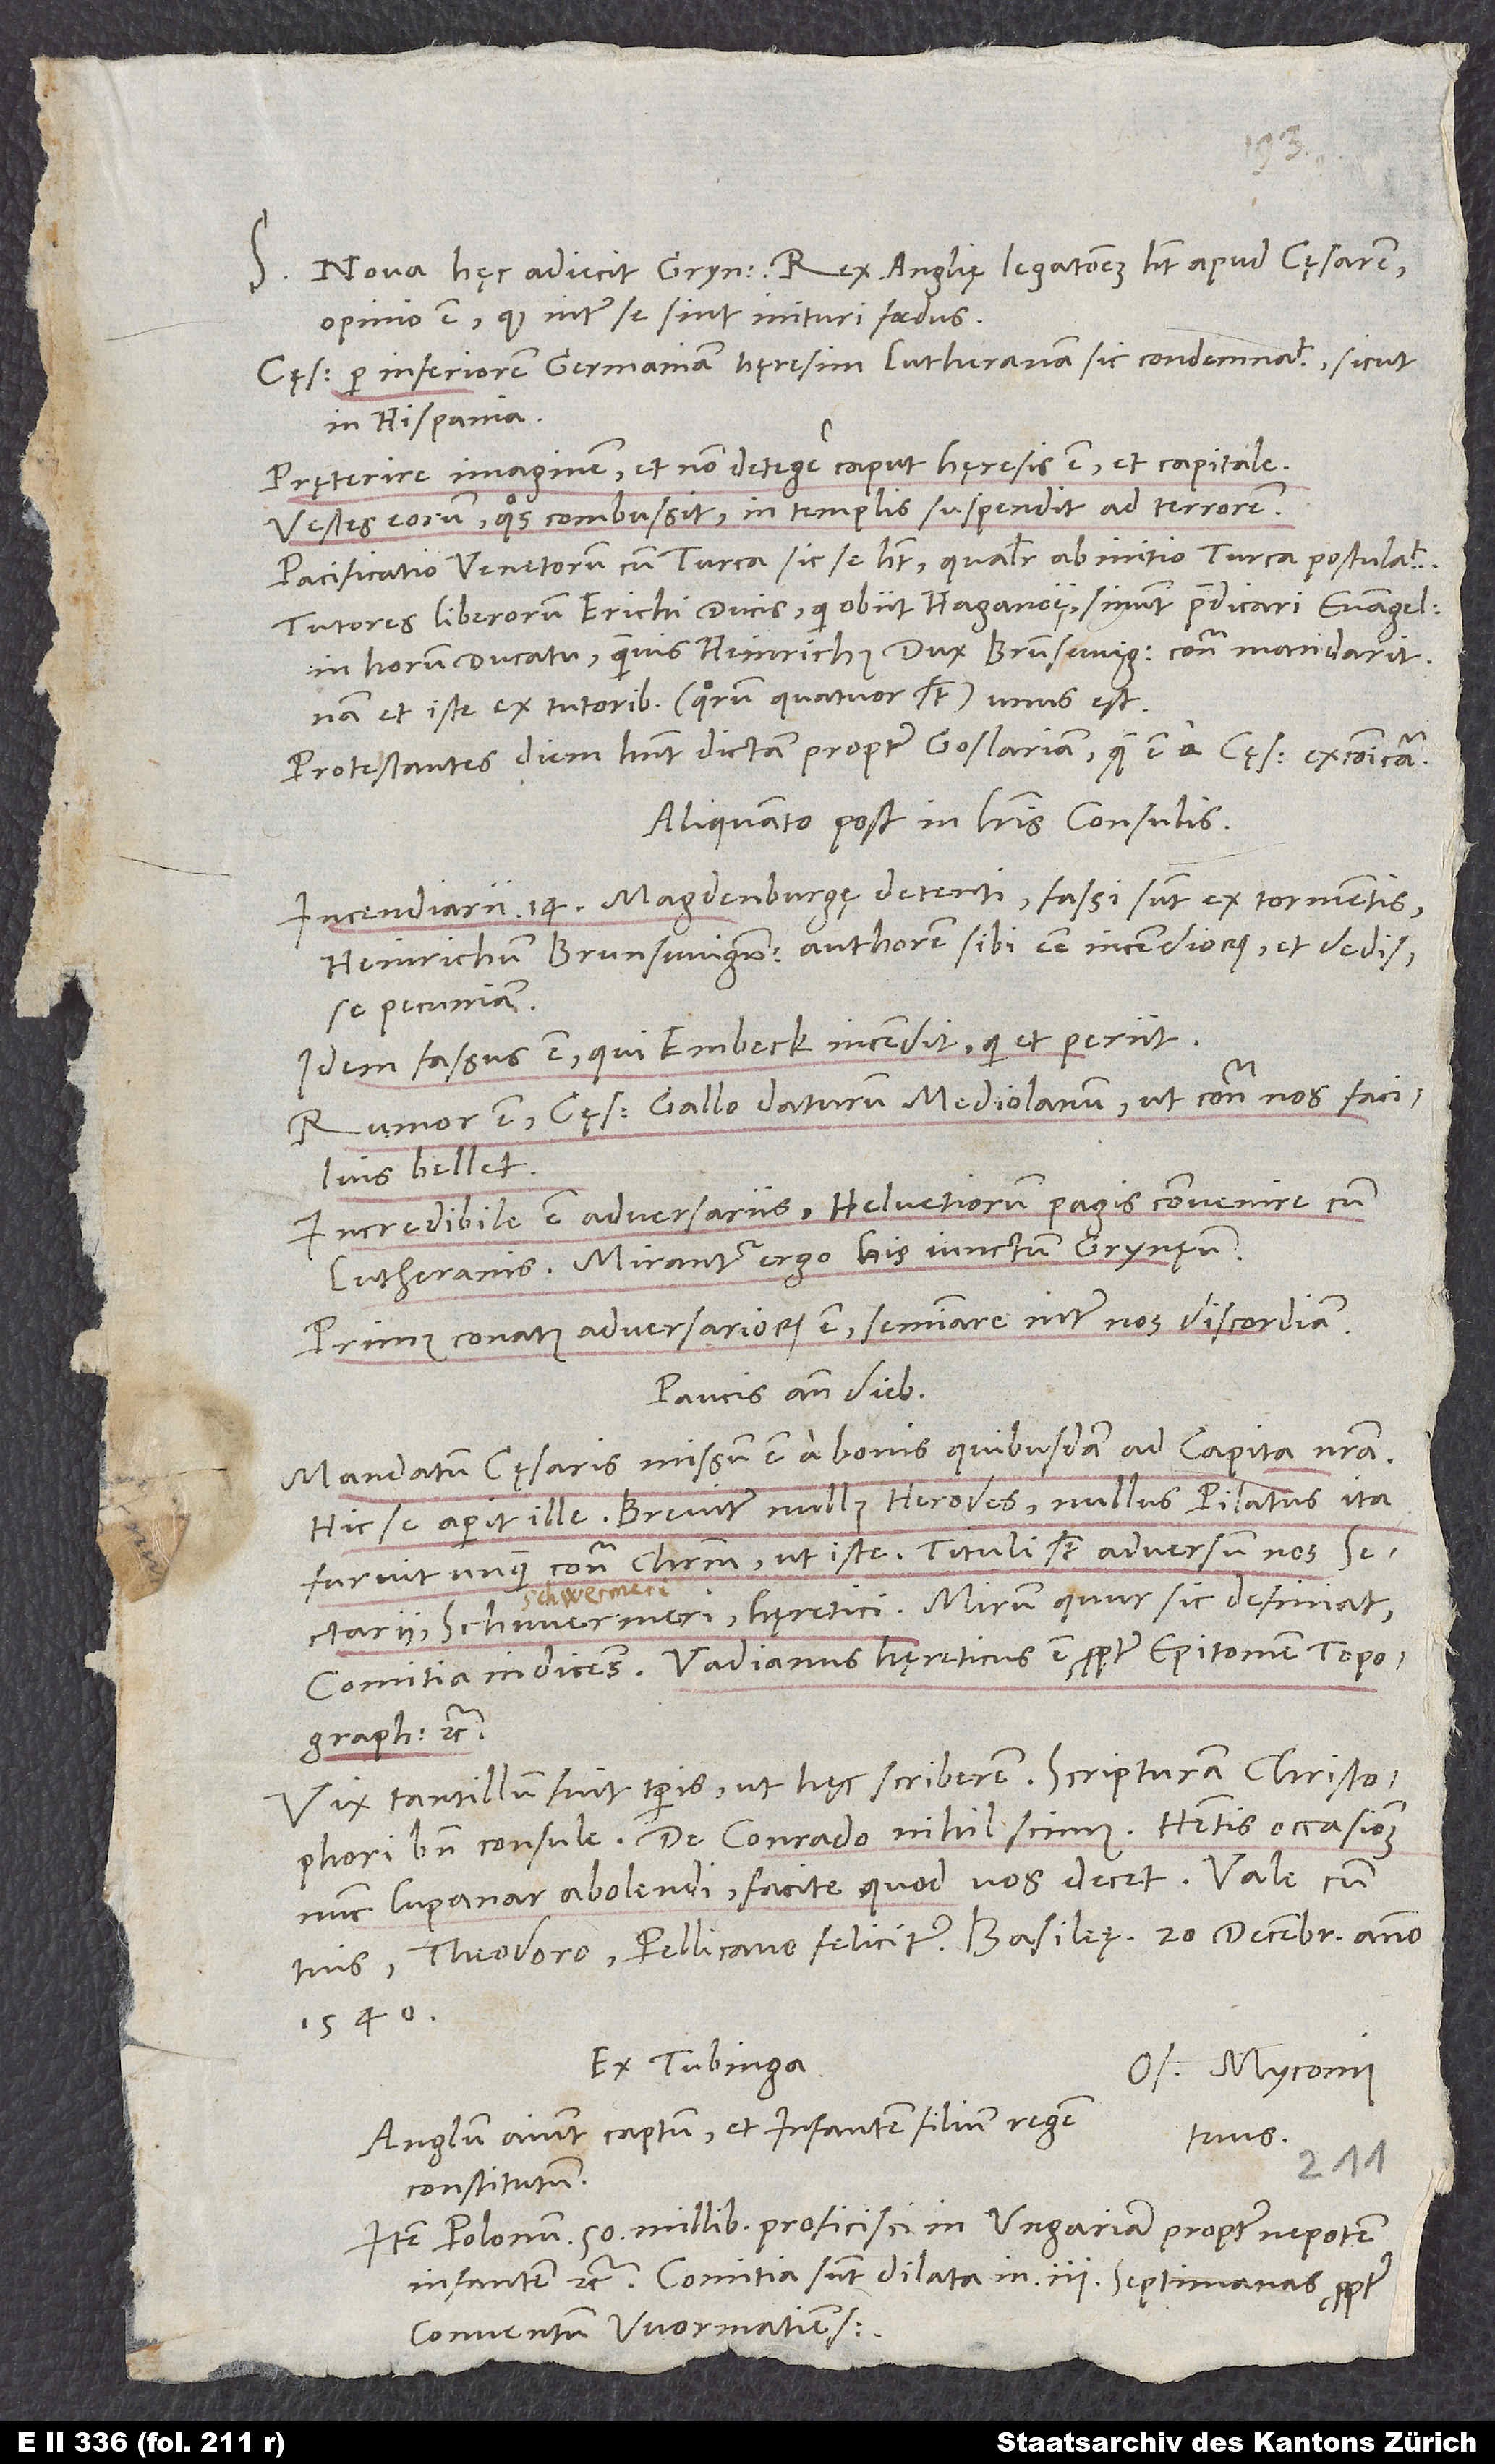
S. Nova hęc adiecit Gryn: Rex Anglię legationem habet apud cęsarem;
opinio est, quod inter se sint inituri foedus.
Cęsar per Inferiorem Germaniam hęresim Lutheranam sic condemnat sicut
in Hispania.
Pręterire imaginem et non detegere caput hęresis est et capitale.
Vestes eorum, quos combussit, in templis suspendit ad terrorem.
Pacificatio Venetorum cum Turca sic se habet, qualiter ab initio Turca postulavit.
Tutores liberorum Erichi ducis, qui obiit Haganoę, sinunt praedicari evangelium
in horum ducatu, quamvis Heinrichus, dux Brunswigensis, contra mandarit;
et iste ex tutoribus (quorum quatuor sunt) unus est.
Protestantes diem habent dictam propter Goslariam, quę est a cęsare excommunicata.
Aliquanto post in literis consulis:
Incendiarii 14 Magdenburgę detenti fassi sunt ex tormentis
Heinrichum Brunswigensem authorem sibi esse incendiorum et dedisse
pecuniam.
Idem fassus est, qui Embeck incendit, qui et periit.
Rumor est cęsarem Gallo daturum Mediolanum, ut contra nos facilius
bellet.
Incredibile est adversariis Helvetiorum pagis convenire cum
Lutheranis; mirantur ergo his iunctum Grynęum.
Primus conatus adversariorum est seminare inter nos discordiam.
Paucis ante diebus:
Mandatum cęsaris missum est a bonis quibusdam ad capita nostra.
Hic se aperit ille. Breviter: Nullus Herodes, nullus Pilatus ita
furuit unquam contra Christum ut iste. Tituli sunt adversum nos
sectarii, schwermeri, hęretici. Mirum, quur sic definiat
comitia indicens. Vadianus hęreticus est propter Epitomen topograph
Vix tantillum fuit temporis, ut hęc scriberem. Scripturam Christophori
bene consule. De Conrado nihil scimus. Habetis occasionem
nunc lupanar abolendi; facite, quod vos decet.
Theodoro, Pellicano feliciter. Basileę, 20. decembris anno
1540.
Ex Tubinga:
Os. Myconius
Anglum aiunt captum et infantem filium regem
tuus.
constitutum.
Item Polonum 50 millibus proficisci in Ungariam propter nepotem
infantem etc. Comitia sunt dilata in 3 septimanas propter
conventum Wormatiensem.